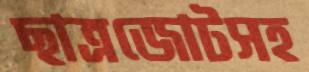
ছাত্রজোটসহ